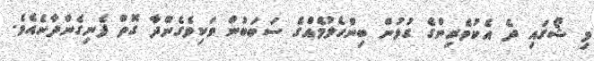
މި ޝޯގައި ދެ އެކުވެރިންގެ ގުޅުން ބިންހެލުމެއްގެ ސަބަބުން ވަކިވެގެންދާ ގޮތް ފެނިގެންދާނެއެވެ.